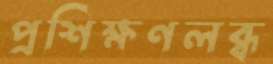
প্রশিক্ষণলব্ধ